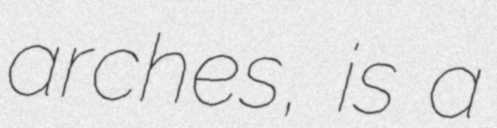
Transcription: arches, is a